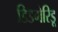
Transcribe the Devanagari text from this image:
डिडगेरिडू